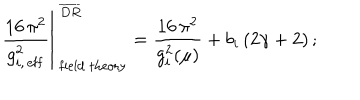
\left. { \frac { 1 6 \, \pi ^ { 2 } } { g _ { i , \, \mathrm { e f f } } ^ { 2 } } } \right\vert _ { \mathrm { \ f i e l d \ t h e o r y } } ^ { \ \overline { { { D R } } } } = \frac { 1 6 \, \pi ^ { 2 } } { g _ { i } ^ { 2 } ( \mu ) } + b _ { i } \, ( 2 \gamma + 2 ) \, ;